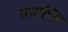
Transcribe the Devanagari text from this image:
समाप्‍ति